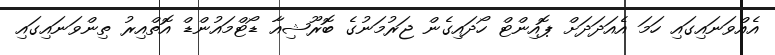
އެއްވަނައިގައި ހަމަ އެއަދަދަށް ޕޮއިންޓް ހޯދައިގެން ޖަރުމަނުގެ ބޮރޫޝިއާ ޑޯޓްމައުންޑް އޮތްއިރު ތިންވަނައިގައި